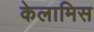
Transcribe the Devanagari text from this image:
केलामिस